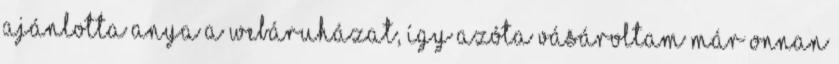
ajánlotta anya a webáruházat, így azóta vásároltam már onnan